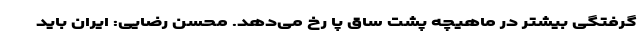
گرفتگی بیشتر در ماهیچه پشت ساق پا رخ می‌دهد. محسن رضایی: ایران باید